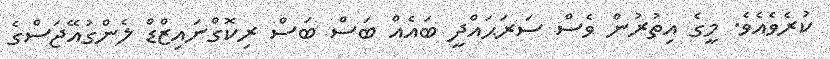
ކުރެވެއެވެ. މީގެ އިތުރުން ވެސް ސަރަޙައްދީ ބައެއް ބަސް ބަސް ރިކޮގްނައިޒްޑް ލެންގުއޭޖަސްގެ